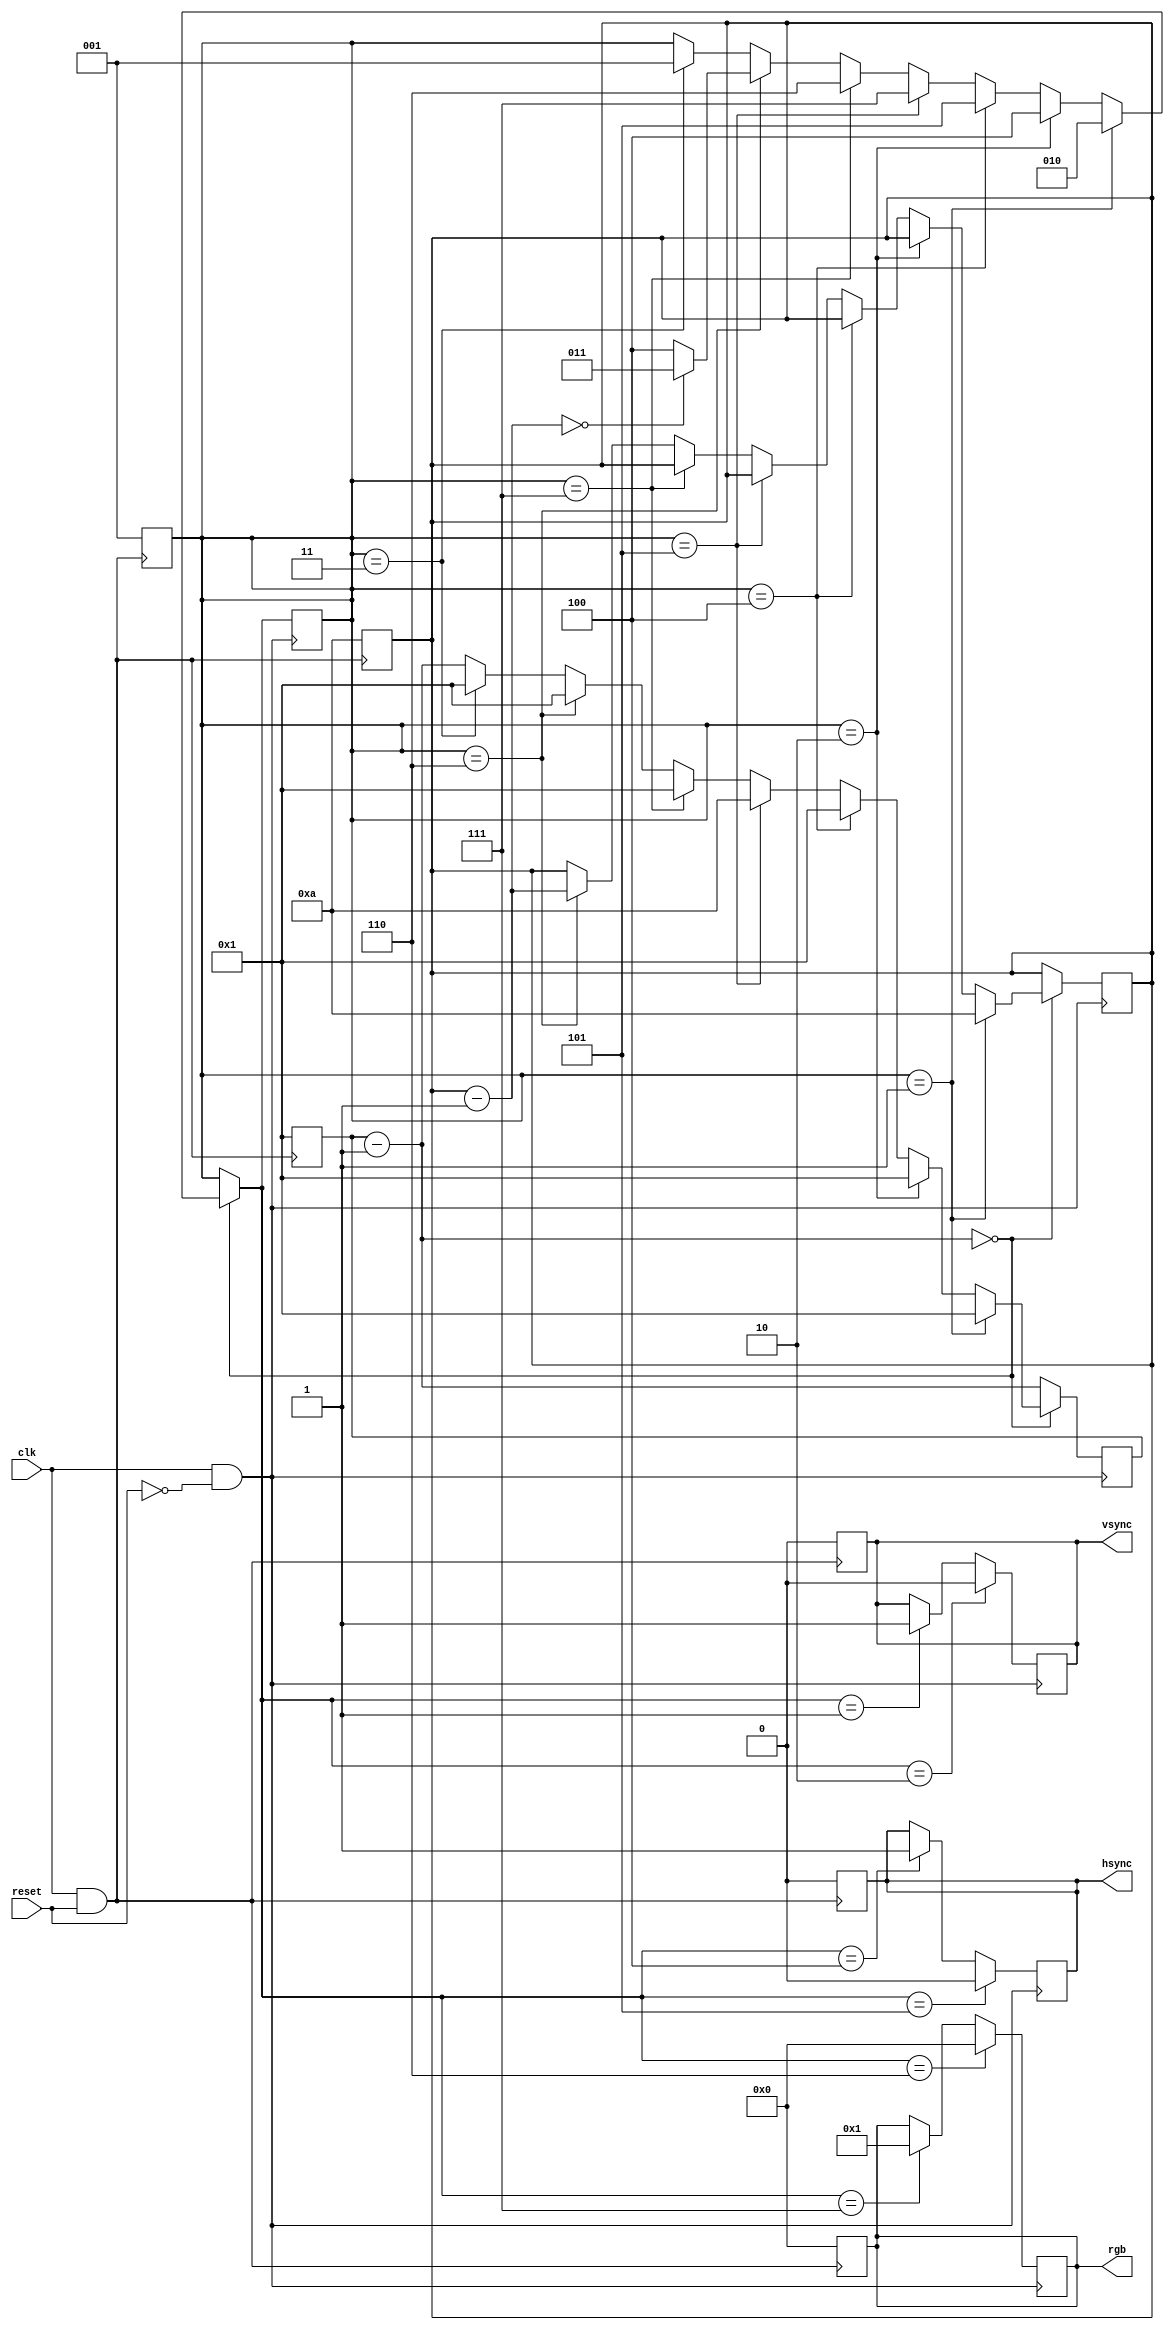
`define vs_state 1
`define vsbp_state 2
`define vsfp_state 3
`define hs_state 4
`define hsbp_state 5
`define hsfp_state 6
`define pixel_state 7
`define vs 1
`define vsbp 1
`define vsfp 1
`define hs 1
`define hsfp 1
`define hsbp 1
`define x_res 10
`define y_res 10

module vga(
  input clk,
  input reset,
  output reg [7:0] rgb,
  output reg vsync,
  output reg hsync
);
 
  reg [9:0] statecounter;
  reg [2:0] state;
  reg [9:0] x_counter;
  reg [9:0] y_counter;

  
  // Initial
  always @ (posedge clk && reset == 1'b1) 
    begin
      statecounter <= `vs;
      rgb <= 8'b0;
      vsync <= 1'b0;
      hsync <= 1'b0;
      state = `vs_state;
      y_counter = `y_res;
    end

  
  
  
  //Start
  always @ (posedge clk && reset == 1'b0)
        begin
          
          statecounter = statecounter - 1;   // RUN STATE SWITCHER
          if (statecounter == 10'b0) 
            begin
              if (state == `vs_state)
                begin
                  state = `vsbp_state;
                  statecounter = `vsbp;
                  y_counter = `y_res;		// Start line counting at the end of vsync
                end
              else if (state == `vsbp_state)
                begin
                  state = `hs_state;
                  statecounter = `hs;
                end
              else if (state == `hs_state)
                begin
                  state = `hsbp_state;
                  statecounter = `hsbp;
                end
              else if (state == `hsbp_state)
                begin
                  state = `pixel_state;
                  statecounter = `x_res;
                end
              else if (state == `pixel_state)
                begin
                  state = `hsfp_state;
                  statecounter = `hsfp;
                end
              else if (state == `hsfp_state)
                begin
  
                  y_counter = y_counter - 1;
                  
                  if (y_counter == 10'b0)	// If this was the last line, vsync
                    begin
                      state = `vsfp_state;
                      statecounter = `vsfp;
                    end
                  else						// else next line
                    begin
                      state = `hs_state;
                      statecounter = `hs;
                    end
                  
                end
              else if (state == `vsfp_state)
                begin
                  state = `vs_state;
                  statecounter = `vs;
                end
            end
          
          
          
  
  		        
          if (state == `vs_state) // vsync pulse, nothing else
    		begin
              vsync = 1'b1;
    		end
          
          if (state == `vsbp_state) // vsync backporch, end vsync pulse, reset line counter
    		begin
              vsync = 1'b0;
              
    		end
          
          if (state == `hs_state) // hsync pulse, nothing else
    		begin
              hsync = 1'b1;
    		end
          
          if (state == `hsbp_state) // hsync backporch, end hsync backporch
    		begin
              hsync = 1'b0;
    		end
          
          if (state == `pixel_state) // pixel, output useful stuff in rgb
    		begin
              rgb = 8'b1;
    		end
          
          if (state == `hsfp_state) // hsync frontporch, disable rgb, do nothing
    		begin
              rgb = 8'b0;
    		end
          
          if (state == `vsfp_state) // vsync frontporch, do nothing
    		begin

    		end
        
          
          
        end

endmodule    



// state order sort of:
//
// vs vsbp (hs, hsbp, (pixel x x_res) ,hsfp  x y_res) vsfp